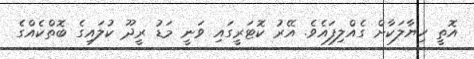
އޮތީ ހިޔާލަކާށް ގެއްލިފައެވެ. އޭރު ކޮޓަރީގައި ވަނީ މަޑު ރީދޫ ކުލައިގެ ބޮތްކެއްގެ